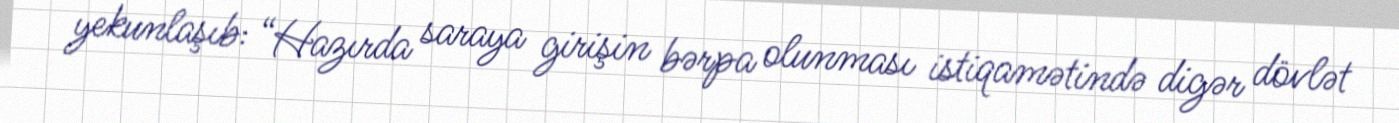
yekunlaşıb: “Hazırda saraya girişin bərpa olunması istiqamətində digər dövlət